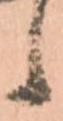
候